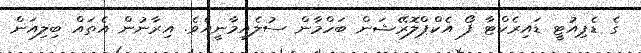
ގެ ޑެޕިއުޓީ ޑައިރެކްޓާ ފޯ އެކްޕްލޮރޭޝަން ބަހްމާން ސުލެއިމާނީއެވެ. އިރާނުން އެތައް ބިލިއަން